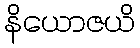
နိယောဇယိ